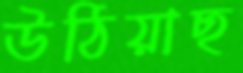
উঠিয়াছ